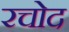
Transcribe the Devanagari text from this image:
रचोद